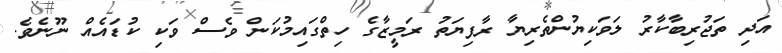
އަދި ތަޖުރިބާކާރު ލަވަކިޔުންތެރިޔާ ރާފިޔަތު ރަމީޒާގެ ހިތްގައިމުކަން ވެސް ވަކި ކުޑައެއް ނޫނެވެ.